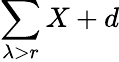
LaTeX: \sum\limits_{\lambda>r}X+d